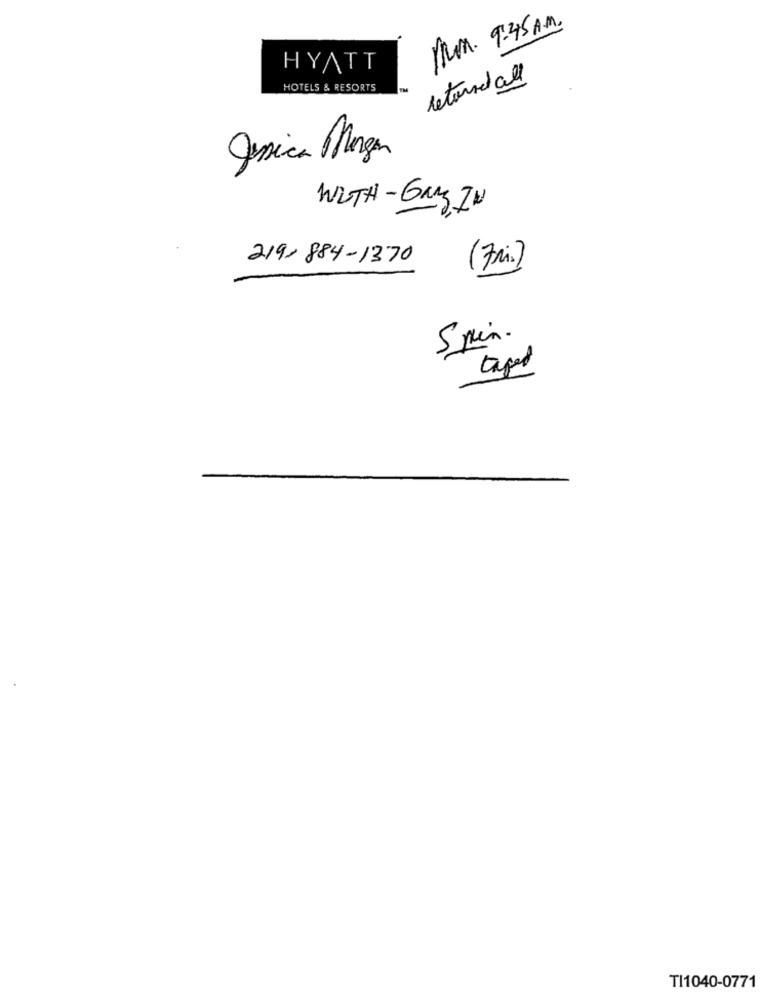
Mon. 9:45 A.M.
HYATT
returned all
HOTELS & RESORTS
Jessica Margen
WITH - GRAY ZU
219-884-1370
(7Ri)
5 min.
taged
TI1040-0771